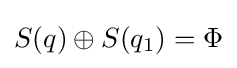
S(q)\oplus S(q_{1})=\Phi